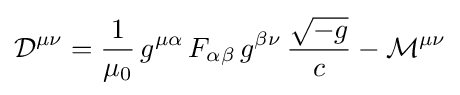
{\mathcal {D}}^{\mu \nu }={\frac {1}{\mu _{0}}}\,g^{\mu \alpha }\,F_{\alpha \beta }\,g^{\beta \nu }\,{\frac {\sqrt {-g}}{c}}-{\mathcal {M}}^{\mu \nu }